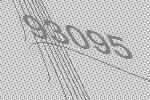
93095